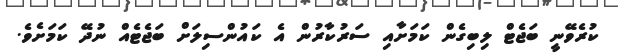
ކުރެވޭނީ ބަޖެޓް ލިބިގެން ކަމަށާއި ސަރުކާރުން އެ ކައުންސިލަށް ބަޖެޓެއް ނުދޭ ކަމަށެވެ.